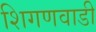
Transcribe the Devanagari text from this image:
शिगणवाडी